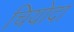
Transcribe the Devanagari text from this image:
चियोदा